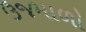
ઉજમાળો